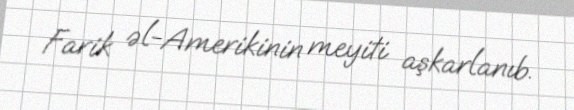
Farik əl-Amerikinin meyiti aşkarlanıb.